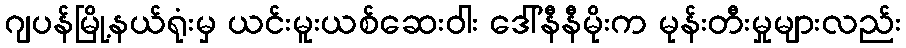
ဂျပန်မြို့နယ်ရုံးမှ ယင်းမူးယစ်ဆေးဝါး ဒေါ်နီနီမိုးက မုန်းတီးမှုများလည်း